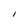
Character: l